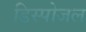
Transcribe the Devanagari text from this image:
डिस्पोजल